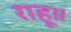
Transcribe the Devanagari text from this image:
राहू॥